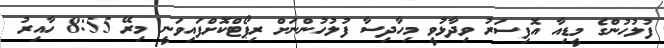
ފުލުހުންގެ މީޑިއާ އޮފިސަރު ވިދާޅުވީ މިހާދިސާ ފުލުހުންނަށް ރިޕޯޓްކޮށްފައިވަނީ މިރޭ 8:55 ހާއިރު